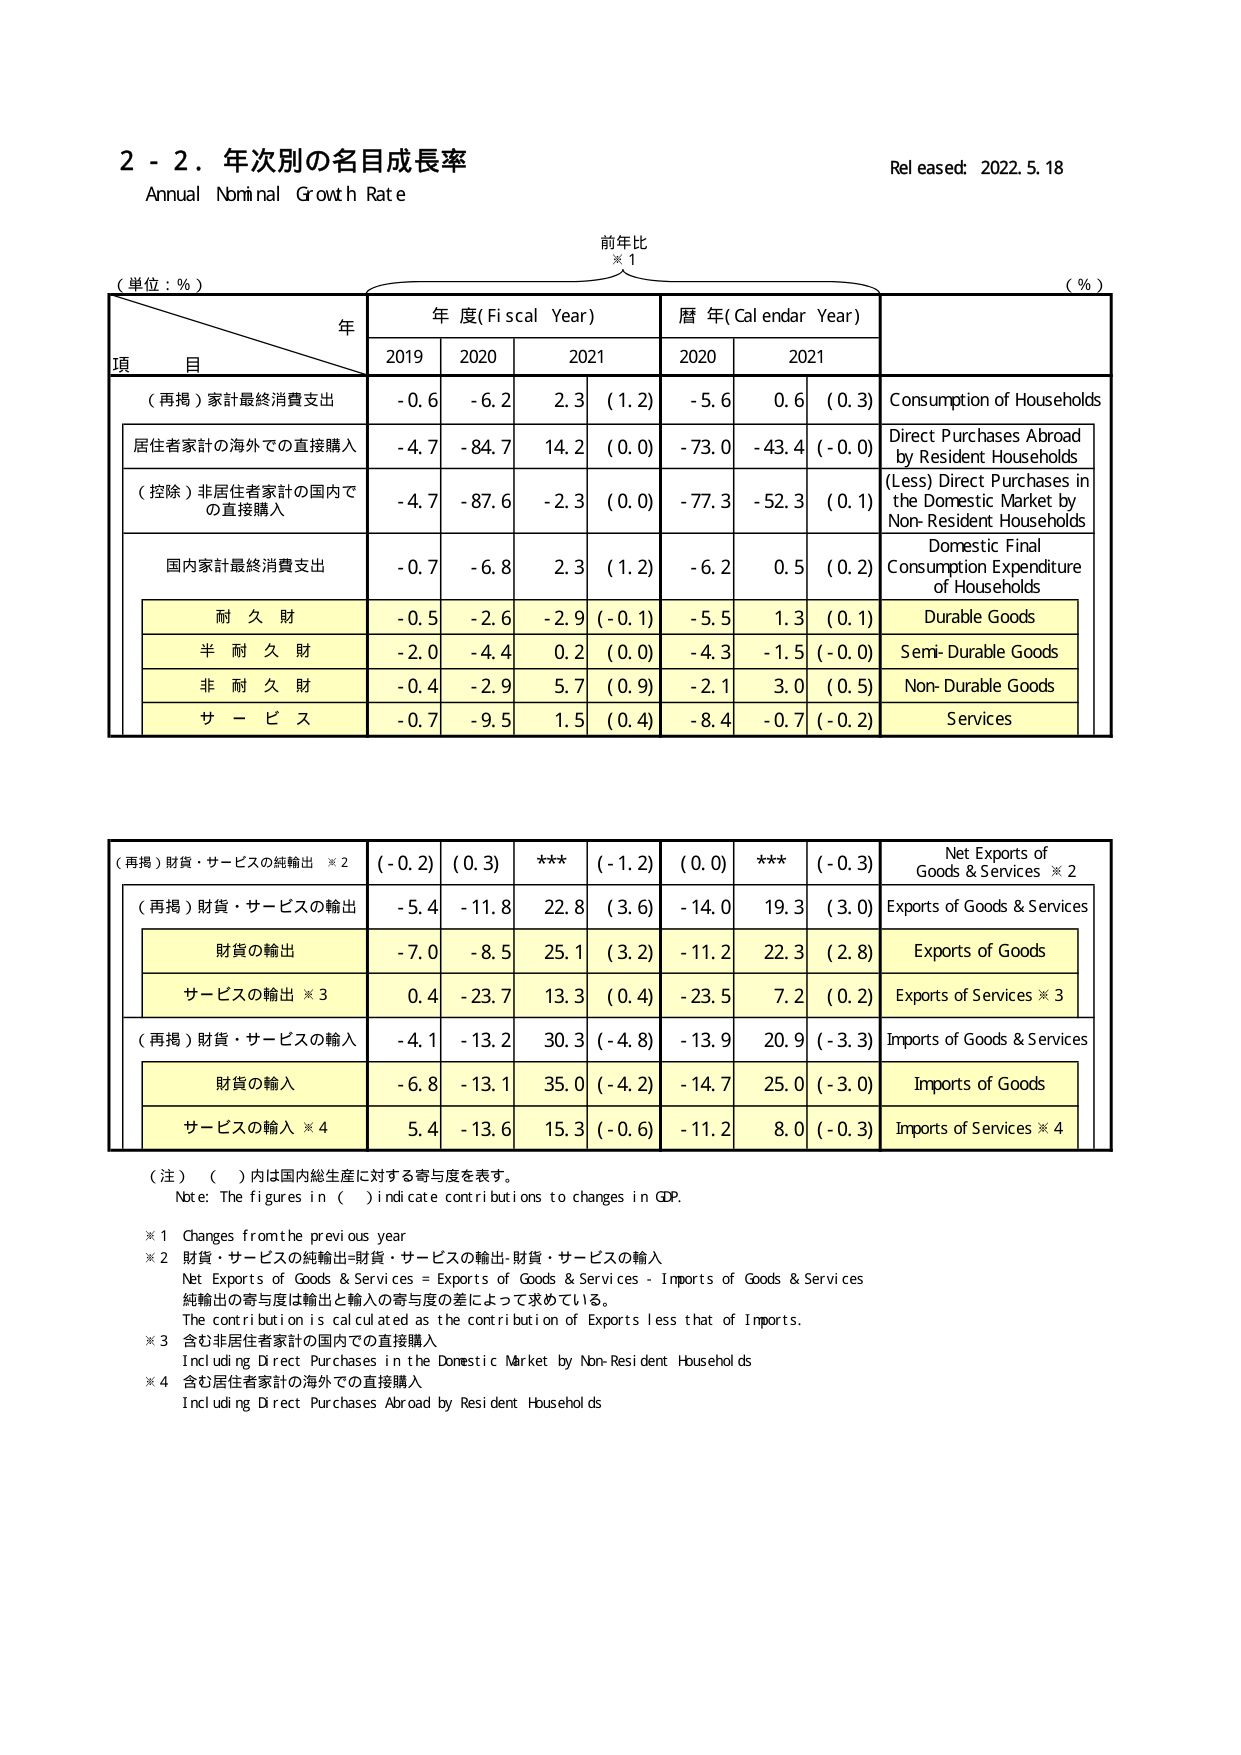
2 - 2．年次別の名目成長率
Annual Nominal Growth Rate
Released: 2022.5.18

前年比
※1

（単位：%）
（%）

年
項 目
年度(Fiscal Year)
暦年(Calendar Year)

2019
2020
2021
(1.2)
2020
2021

（再掲）家計最終消費支出
-0.6
-6.2
2.3
(1.2)
-5.6
0.6
(0.3)
Consumption of Households

居住者家計の海外での直接購入
-4.7
-84.7
14.2
(0.0)
-73.0
-43.4
(-0.0)
Direct Purchases Abroad by Resident Households

（控除）非居住者家計の国内での直接購入
-4.7
-87.6
-2.3
(0.0)
-77.3
-52.3
(0.1)
(Less) Direct Purchases in the Domestic Market by Non-Resident Households

国内家計最終消費支出
-0.7
-6.8
2.3
(1.2)
-6.2
0.5
(0.2)
Domestic Final Consumption Expenditure of Households

耐久財
-0.5
-2.6
-2.9
(-0.1)
-5.5
1.3
(0.1)
Durable Goods

半耐久財
-2.0
-4.4
0.2
(0.0)
-4.3
-1.5
(-0.0)
Semi-Durable Goods

非耐久財
-0.4
-2.9
5.7
(0.9)
-2.1
3.0
(0.5)
Non-Durable Goods

サービス
-0.7
-9.5
1.5
(0.4)
-8.4
-0.7
(-0.2)
Services

（再掲）財貨・サービスの純輸出 ※2
(-0.2)
(0.3)
***
(-1.2)
(0.0)
***
(-0.3)
Net Exports of Goods & Services ※2

（再掲）財貨・サービスの輸出
-5.4
-11.8
22.8
(3.6)
-14.0
19.3
(3.0)
Exports of Goods & Services

財貨の輸出
-7.0
-8.5
25.1
(3.2)
-11.2
22.3
(2.8)
Exports of Goods

サービスの輸出 ※3
0.4
-23.7
13.3
(0.4)
-23.5
7.2
(0.2)
Exports of Services ※3

（再掲）財貨・サービスの輸入
-4.1
-13.2
30.3
(-4.8)
-13.9
20.9
(-3.3)
Imports of Goods & Services

財貨の輸入
-6.8
-13.1
35.0
(-4.2)
-14.7
25.0
(-3.0)
Imports of Goods

サービスの輸入 ※4
5.4
-13.6
15.3
(-0.6)
-11.2
8.0
(-0.3)
Imports of Services ※4

（注）（ ）内は国内総生産に対する寄与度を表す。
Note: The figures in ( ) indicate contributions to changes in GDP.

※1 Changes from the previous year
※2 財貨・サービスの純輸出=財貨・サービスの輸出-財貨・サービスの輸入
Net Exports of Goods & Services = Exports of Goods & Services - Imports of Goods & Services
純輸出の寄与度は輸出と輸入の寄与度の差によって求めている。
The contribution is calculated as the contribution of Exports less that of Imports.
※3 含む非居住者家計の国内での直接購入
Including Direct Purchases in the Domestic Market by Non-Resident Households
※4 含む居住者家計の海外での直接購入
Including Direct Purchases Abroad by Resident Households